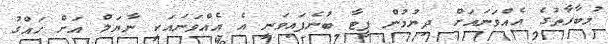
މުބާރާތުގެ އެއްވަނައަށް ދިޔުމުން ޕީޓާ ބުނެފައިވަނީ އެ އެއްވަނައަަކީ ނާޔަލް އަށް ހައްގު